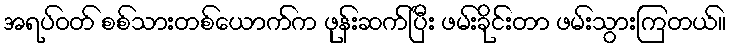
အရပ်ဝတ် စစ်သားတစ်ယောက်က ဖုန်းဆက်ပြီး ဖမ်းခိုင်းတာ ဖမ်းသွားကြတယ်။